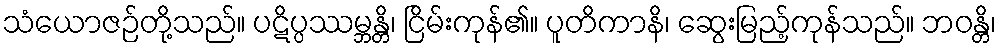
သံယောဇဉ်တို့သည်။ ပဋိပ္ပဿမ္ဘန္တိ၊ ငြိမ်းကုန်၏။ ပူတိကာနိ၊ ဆွေးမြည့်ကုန်သည်။ ဘဝန္တိ၊